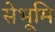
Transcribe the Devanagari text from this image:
सेभूमि